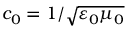
c _ { 0 } = 1 / { \sqrt { \varepsilon _ { 0 } \mu _ { 0 } } }